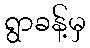
ရွာခန့်မှ